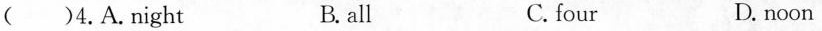
( )4.A.night B. all C. four D. noon